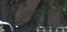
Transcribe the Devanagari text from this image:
आयुधांमध्ये